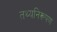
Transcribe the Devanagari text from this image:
तथ्यनिरूपण